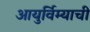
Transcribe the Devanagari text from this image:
आयुर्विम्याची